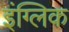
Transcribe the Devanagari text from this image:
इंग्लिक